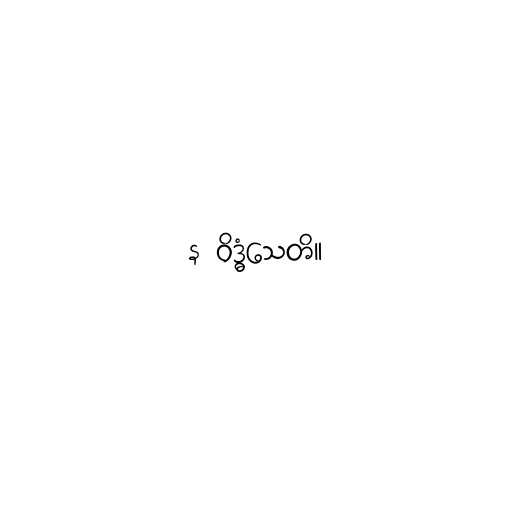
န ဝိဒ္ဓံသေတိ။